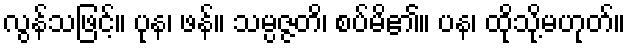
လွန်သဖြင့်။ ပုန၊ ဖန်။ သမ္ပဇ္ဇတိ၊ စပ်မိ၏။ ပန၊ ထိုသို့မဟုတ်။